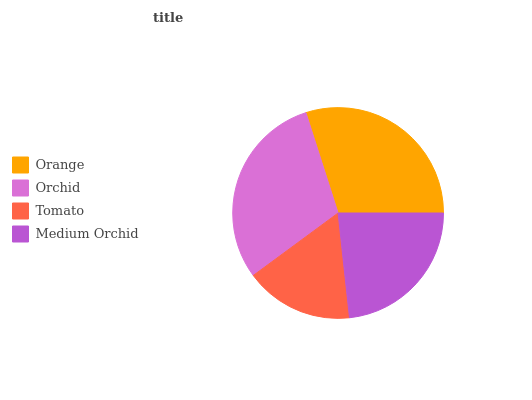
| Orange | Orchid | Tomato | Medium Orchid |
 | --- | --- | --- | --- |
 | 29.9% | 30.3% | 16.6% | 23.2% |